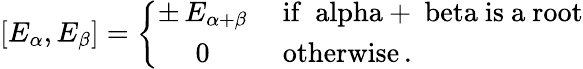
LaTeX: [E_{\alpha},E_{\beta}]=\left\{ \begin{array}{cl}{{\pm\, E_{\alpha+\beta}}}&{{\mathrm{~if~\ alpha+\ beta~is~a~root}}}\\ {{0}}&{{\mathrm{~otherwise}\, .}}\end{array}\right.